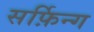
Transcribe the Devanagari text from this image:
सर्फ़िन्ग